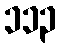
၁၁၃